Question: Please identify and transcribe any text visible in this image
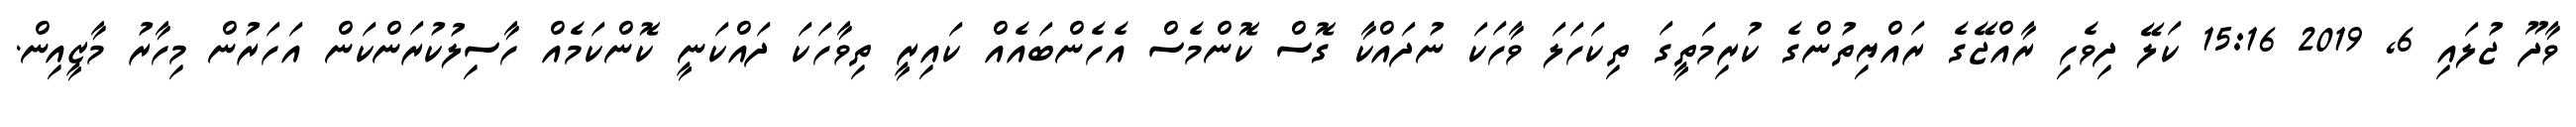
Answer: ވާދޫ ޖުލައި 6, 2019 15:16 ކަލޭ ދިވެހި ރާއްޖޭގެ ރައްޔިތުންގެ ކުރިމަތީގަ ތިކަހަލަ ވާހަކަ ނުދައްކާ ގޮސް ކޮންމެސް އެހެންބައެއް ކައިރީ ތިވާހަކަ ދައްކަނީ ކޮންކަމެއް ހާސިލުކުރަންކަން އަހަރުން މިހާރު މާޒީއިން.